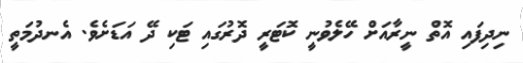
ނިދިފައި އޮތް ނީރާއަށް ހޭލެވުނީ ކޮޓަރީ ދޮރުގައި ޓަކި ދޭ އަޑަށެވެ. އެނދުމަތީ